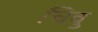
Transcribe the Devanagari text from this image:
चिवु